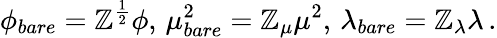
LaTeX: \phi_{bare}=\mathbb{Z}^{\frac{{1}}{{2}}}\phi,\, \mu_{bare}^{2}=\mathbb{Z}_{\mu}\mu^{2},\, \lambda_{bare}=\mathbb{Z}_{\lambda}\lambda\, .